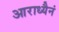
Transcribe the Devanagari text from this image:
आराध्यैनं